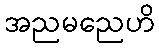
အညမညေဟိ